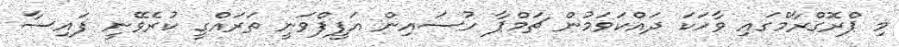
މި ޕްރޮގްރާމްގައި ވާހަކަ ދައްކަވަމުން ޗަމްޕާ ހުސައިން އަފީފްވަނީ ތަރައްގީ ކުރެވޭނީ ފައިސާ